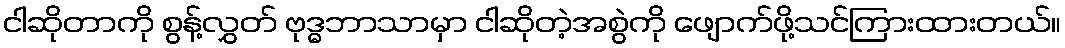
ငါဆိုတာကို စွန့်လွှတ် ဗုဒ္ဓဘာသာမှာ ငါဆိုတဲ့အစွဲကို ဖျောက်ဖို့သင်ကြားထားတယ်။